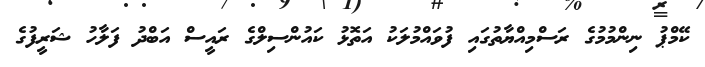
ކޭމްޕު ނިންމުމުގެ ރަސްމިއްޔާތުގައި ފުވައްމުލަކު އަތޮޅު ކައުންސިލްގެ ރައީސް އަބްދު ފަލާހު ޝަރީފުގެ